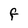
Character: f